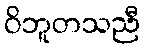
ဝိဘူတသညီ